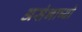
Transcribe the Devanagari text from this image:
असंभाष्यो